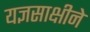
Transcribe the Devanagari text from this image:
यज्ञसाक्षीने